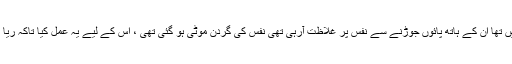
بایزید بسطامی نے فرمایا جو بھاگ گئے ان لوگوں کا سینے سے تعلق نہیں تھا ان کے ہاتھ پائوں جوڑنے سے نفس پر غلاظت آرہی تھی نفس کی گردن موٹی ہو گئی تھی ، اس کے لیے یہ عمل کیا تاکہ ریا کاری کرنے والے بھاگ بھی جائیں اور نفس سے غلاظت بھی اتر جائے۔